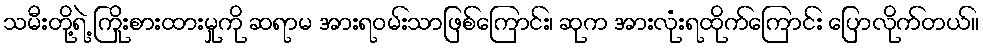
သမီးတို့ရဲ့ ကြိုးစားထားမှုကို ဆရာမ အားရဝမ်းသာဖြစ်ကြောင်း၊ ဆုက အားလုံးရထိုက်ကြောင်း ပြောလိုက်တယ်။